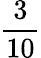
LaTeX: \frac{3}{10}